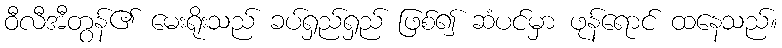
ဝီလီအီတွန်၏ မေးရိုးသည် ခပ်ရှည်ရှည် ဖြစ်၍ ဆံပင်မှာ ဖုန်ရောင် ထနေသည်။